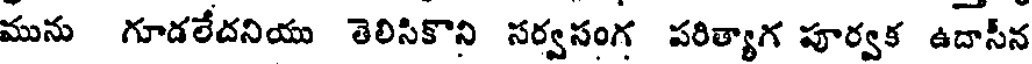
మును గూడలేదనియు తెలిసికొని సర్వసంగ పరిత్యాగ పూర్వక ఉదాసీన